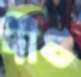
দীগু